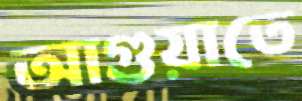
আগুয়াতে